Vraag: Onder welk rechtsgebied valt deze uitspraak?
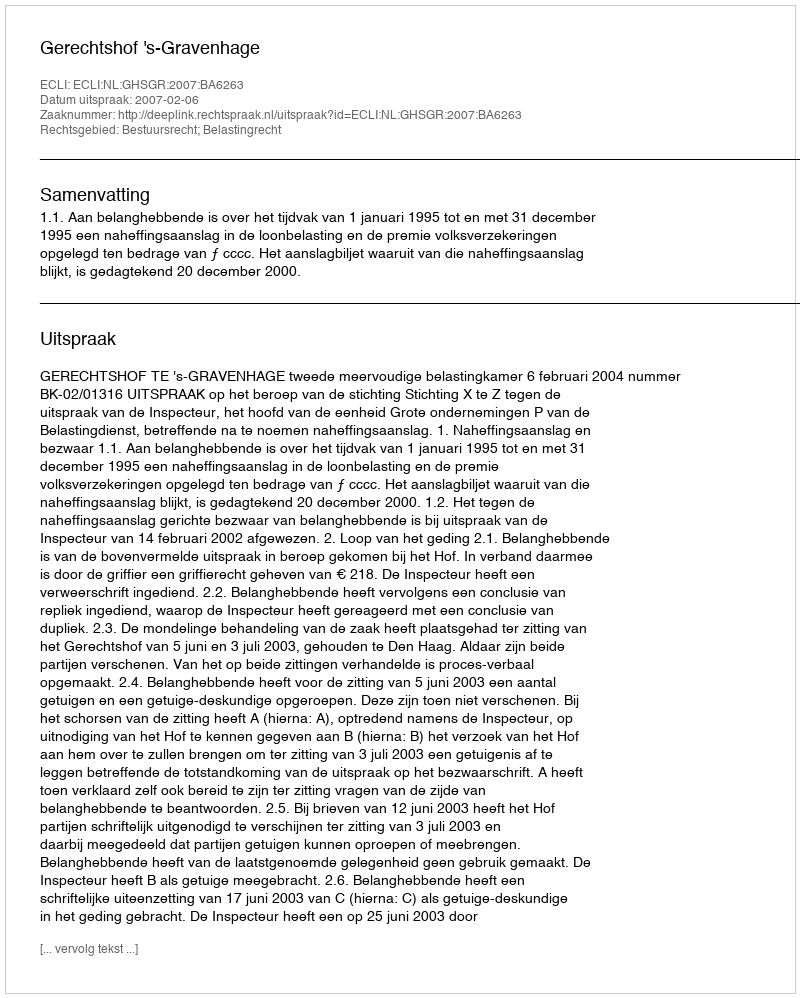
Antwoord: Bestuursrecht; Belastingrecht